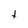
Character: t